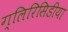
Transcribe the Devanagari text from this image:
ग्लिरिसिडीया